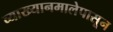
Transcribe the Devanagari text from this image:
व्याख्यानमालेपासून